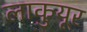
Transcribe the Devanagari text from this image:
लाकुयूर